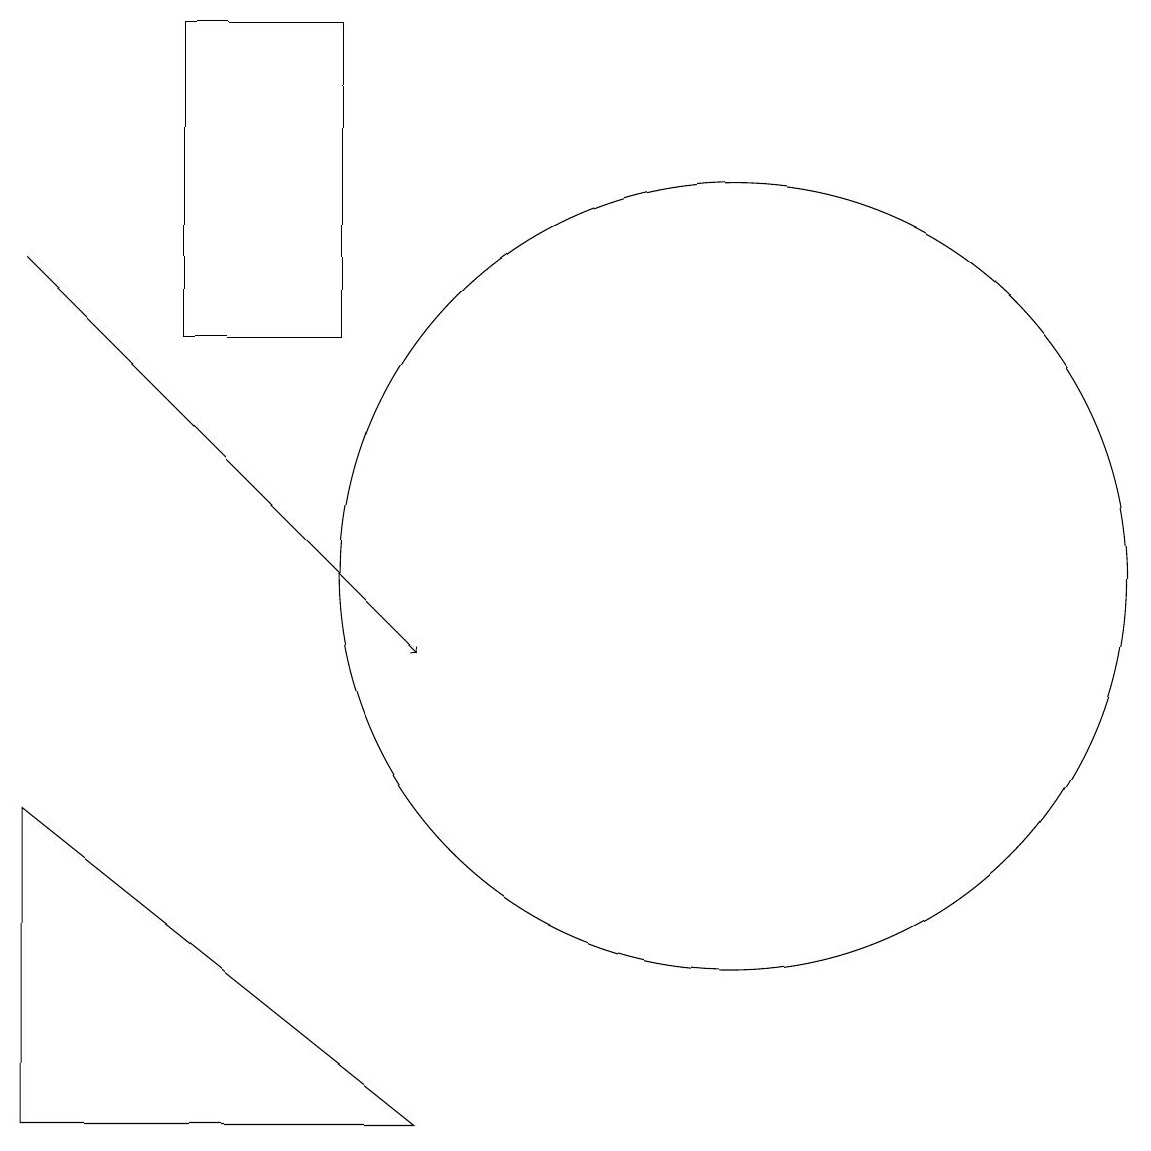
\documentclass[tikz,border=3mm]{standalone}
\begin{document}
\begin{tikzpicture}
\draw (11,11) circle (5);
\draw[->] (2,15) -- (7,10);
\draw (2,4) -- (2,8) -- (7,4) -- cycle;
\draw (12,11) circle (0);
\draw (6,14) rectangle (4,18);
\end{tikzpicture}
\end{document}